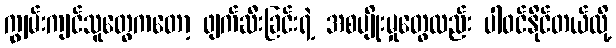
ကျွမ်းကျင်သူတွေကတော့ ဖျက်ဆီးခြင်းရဲ့ အစပျိုးမှုတွေလည်း ပါဝင်နိုင်တယ်လို့